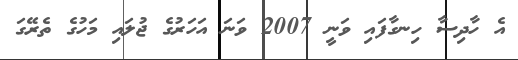
އެ ހާދިސާ ހިނގާފައި ވަނީ 2007 ވަނަ އަހަރުގެ ޖުލައި މަހުގެ ތެރޭގަ